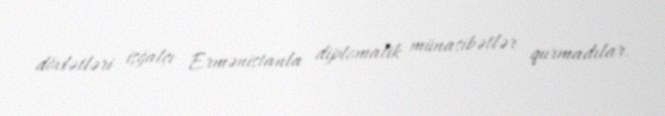
dövlətləri işğalçı Ermənistanla diplomatik münasibətlər qurmadılar.